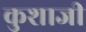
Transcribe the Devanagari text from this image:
कुशाजी